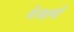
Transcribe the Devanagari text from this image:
येताक्षणी